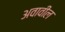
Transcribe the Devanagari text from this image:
अवावील